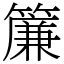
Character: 簾